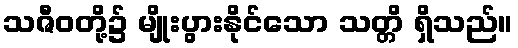
သဇီဝတို့၌ မျိုးပွားနိုင်သော သတ္တိ ရှိသည်။